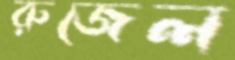
রুজেল